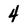
Character: 4